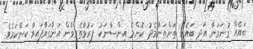
ބައެއް ގުނަވަނާ އަދި ބައެއް ތަންތަނާމެދު ކޮންމެ އިންސާނަކު ފަރުވާތެރިވާން އަންގަވާފައިވާ ކަންކަމެވެ.